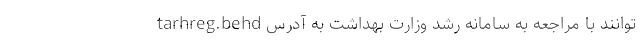
‌توانند با مراجعه به سامانه رشد وزارت بهداشت به آدرس tarhreg.behd